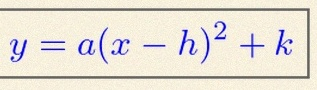
y=a(x-h)^2+k